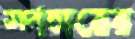
স্পন্সরের